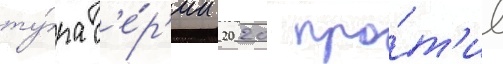
ту́ра с'е́р'ии 2020 про́т'ив